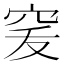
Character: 𥥜